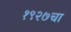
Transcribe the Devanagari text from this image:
१९२७चा